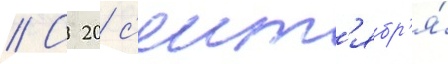
// С 20 с'ент'ябр'я́